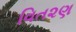
વિત૨ણ